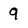
Character: 9